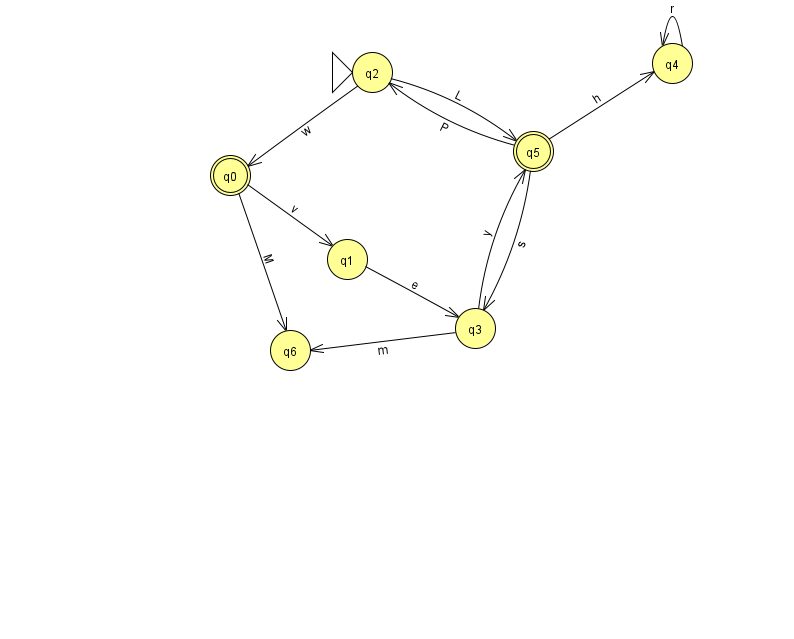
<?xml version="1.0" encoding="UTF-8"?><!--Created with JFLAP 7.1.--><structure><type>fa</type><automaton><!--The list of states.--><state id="0" name="q0"><x>230.0</x><y>162.0</y><final/></state><state id="1" name="q1"><x>347.0</x><y>246.0</y></state><state id="2" name="q2"><x>372.0</x><y>59.0</y><initial/></state><state id="3" name="q3"><x>475.0</x><y>315.0</y></state><state id="4" name="q4"><x>672.0</x><y>50.0</y></state><state id="5" name="q5"><x>533.0</x><y>138.0</y><final/></state><state id="6" name="q6"><x>290.0</x><y>337.0</y></state><!--The list of transitions.--><transition><from>0</from><to>6</to><read>M</read></transition><transition><from>0</from><to>1</to><read>v</read></transition><transition><from>2</from><to>0</to><read>w</read></transition><transition><from>3</from><to>6</to><read>m</read></transition><transition><from>5</from><to>2</to><read>P</read></transition><transition><from>4</from><to>4</to><read>r</read></transition><transition><from>1</from><to>3</to><read>e</read></transition><transition><from>5</from><to>3</to><read>s</read></transition><transition><from>5</from><to>4</to><read>h</read></transition><transition><from>2</from><to>5</to><read>L</read></transition><transition><from>3</from><to>5</to><read>y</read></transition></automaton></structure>